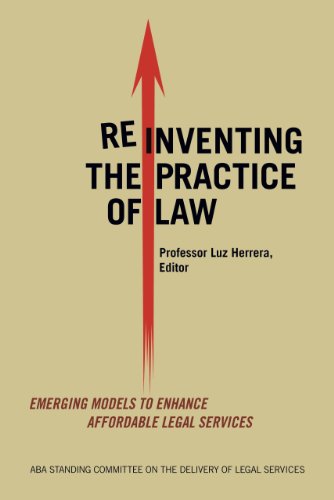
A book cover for Reinventing the Practice of Law; Law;